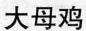
大母鸡